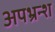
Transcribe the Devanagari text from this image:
अपभ्रन्‍श